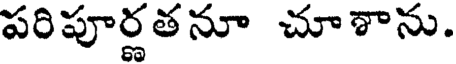
పరిపూర్ణతనూ చూశాను.